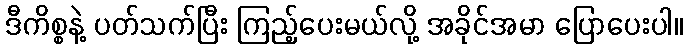
ဒီကိစ္စနဲ့ ပတ်သက်ပြီး ကြည့်ပေးမယ်လို့ အခိုင်အမာ ပြောပေးပါ။